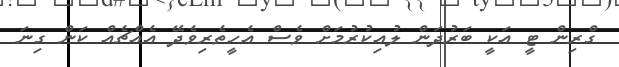
ގްރިން ޓީ އަކީ ބަރުދަން ލުއިކުރުމަށް ވެސް އެހީތެރިވެދޭ އެއްޗެއް ކަން ގިނަ